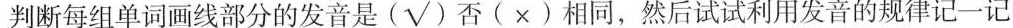
判断每组单词画线部分的发音是(√)否(×)相同,然后试试利用发音的规律记一记